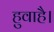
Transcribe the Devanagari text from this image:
हुवाहै।